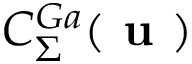
C _ { \Sigma } ^ { G a } ( \textbf { u } )